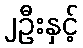
၂ဦးနှင့်